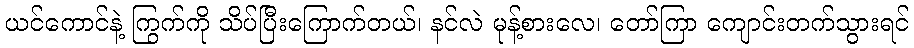
ယင်ကောင်နဲ့ ကြွက်ကို သိပ်ပြီးကြောက်တယ်၊ နင်လဲ မုန့်စားလေ၊ တော်ကြာ ကျောင်းတက်သွားရင်